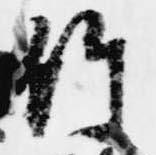
竹